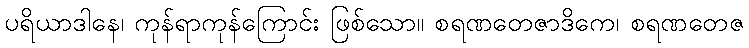
ပရိယာဒါနေ၊ ကုန်ရာကုန်ကြောင်း ဖြစ်သော။ စရဏတေဇာဒိကေ၊ စရဏတေဇ